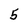
Character: 5